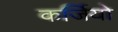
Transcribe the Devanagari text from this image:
कर्जियो